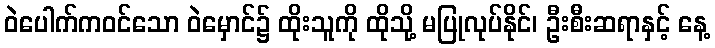
ဝဲပေါက်ကဝင်သော ဝဲမှောင်၌ ထိုးသူကို ထိုသို့ မပြုလုပ်နိုင်၊ ဦးစီးဆရာနှင့် နေ့